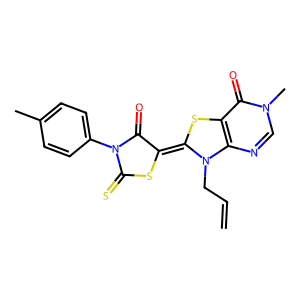
SMILES: C=CCN1C(=C2SC(=S)N(c3ccc(C)cc3)C2=O)Sc2c1ncn(C)c2=O
Inhibits HIV replication: No